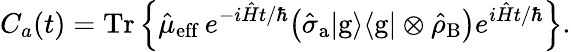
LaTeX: C_{a}(t)=\mathrm{Tr}\left\lbrace\hat{\mu}_{\mathrm{eff}}\, {e}^{-i\hat{H}t/\hbar}\big(\hat{\sigma}_{\mathrm{a}}{|}\mathrm{g}\rangle\langle{\mathrm{g}}|\otimes\hat{\rho}_{\mathrm{B}}\big)e^{i\hat{H}t/\hbar}\right\rbrace.